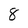
Character: 8